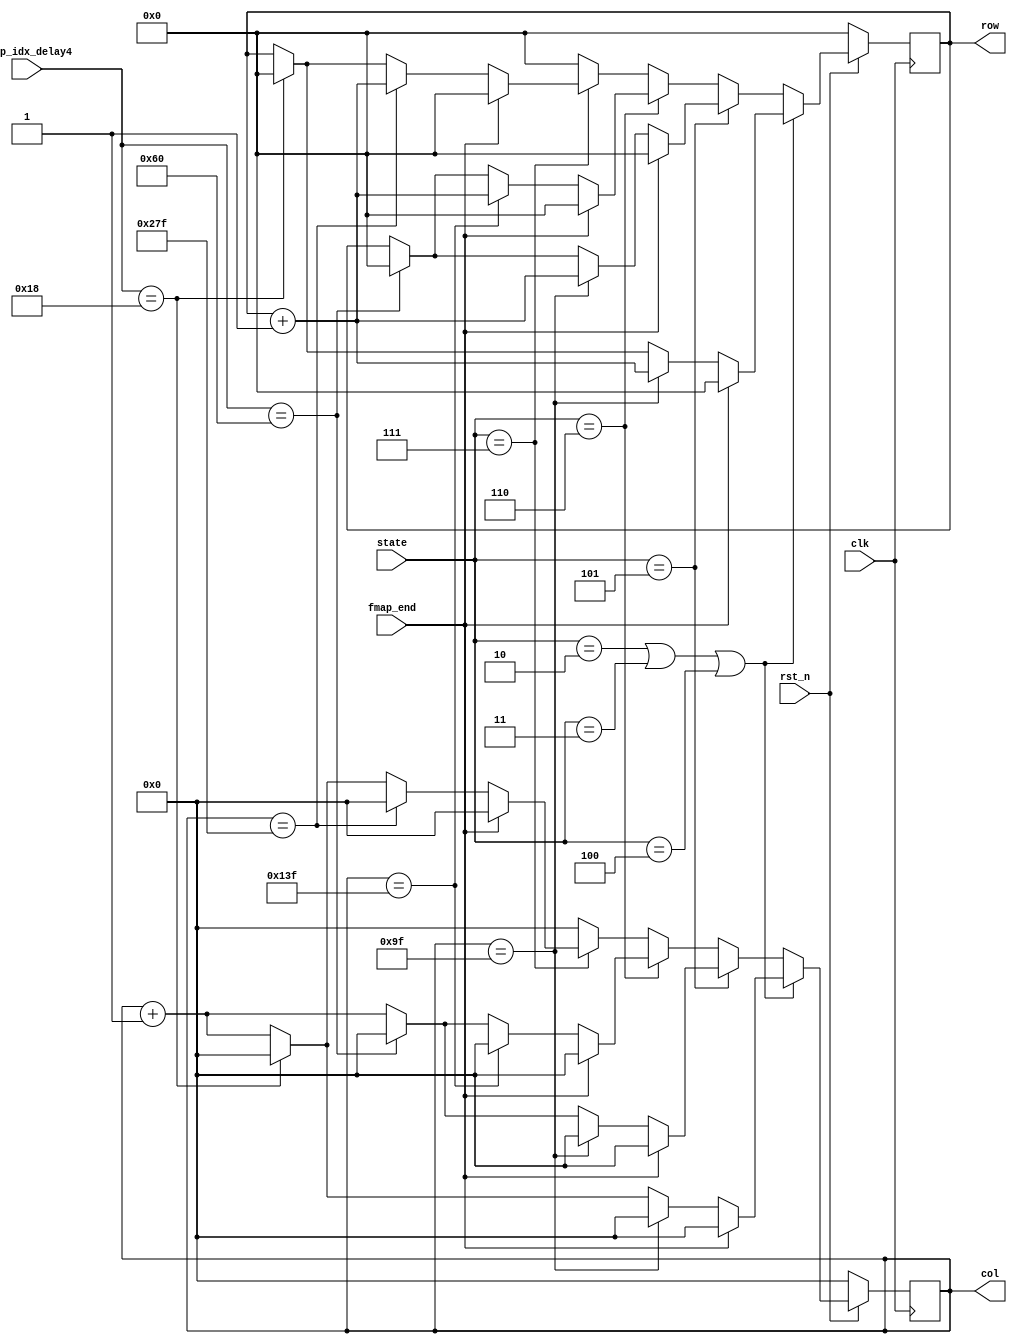
module row_col_ctl(
    input clk,
    input rst_n,
    input [3:0] state,
    input fmap_end,
    input [6:0] fmap_idx_delay4,
    output reg [8:0] row,  // total row: 720/2 = 360
    output reg [9:0] col   // total col: 1280/2 = 640
);

parameter IDLE = 0, PADDING = 1, CONV1 = 2, RES_1 = 3, RES_2 = 4, UP_1 = 5, UP_2 = 6, CONV2 = 7, FINISH = 8; // CONV1:(320*180, 3)->(320*180, 24) 
reg [8:0] n_row;
reg [9:0] n_col;

always @*  begin
  // col ctl
    if(state==CONV1 || state==RES_1 || state==RES_2)  begin
        if(fmap_end)
            n_col = 0;
        else if(col==159)
            n_col = 0;
        else if(fmap_idx_delay4==24)  //state transfer -> reset col to 0
            n_col = 0;
        else
            n_col = col + 1;
    end
    else if(state==UP_1)  begin
        if(fmap_end)
            n_col = 0;
        else if(col==159)
            n_col = 0;
        else if(fmap_idx_delay4==96)  //state transfer -> reset col to 0
            n_col = 0;
        else
            n_col = col + 1;
    end
    else if(state==UP_2)  begin
        if(fmap_end)
            n_col = 0;
        else if(col==319)
            n_col = 0;
        else if(fmap_idx_delay4==96)  //state transfer -> reset col to 0
            n_col = 0;
        else
            n_col = col + 1;
    end
    else if(state==CONV2)  begin
        if(fmap_end)
            n_col = 0;
        else if(col==639)
            n_col = 0;
        else if(fmap_idx_delay4==24)  //state transfer -> reset col to 0
            n_col = 0;
        else
            n_col = col + 1;
    end
    else  begin
        n_col = 0;
    end

  // row ctl
    if(state==CONV1 || state==RES_1 || state==RES_2)  begin
        if(fmap_end)
            n_row = 0;
        else if(col==159)
            n_row = row + 1;
        else if(fmap_idx_delay4==24)  //state transfer -> reset row to 0
            n_row = 0;
        else
            n_row = row;
    end
    else if(state==UP_1)  begin
        if(fmap_end)
            n_row = 0;
        else if(col==159)
            n_row = row + 1;
        else if(fmap_idx_delay4==96)  //state transfer -> reset row to 0
            n_row = 0;
        else
            n_row = row;
    end
    else if(state==UP_2)  begin
        if(fmap_end)
            n_row = 0;
        else if(col==319)
            n_row = row + 1;
        else if(fmap_idx_delay4==96)  //state transfer -> reset row to 0
            n_row = 0;
        else
            n_row = row;
    end
    else if(state==CONV2)  begin
        if(fmap_end)
            n_row = 0;
        else if(col==639)
            n_row = row + 1;
        else if(fmap_idx_delay4==24)  //state transfer -> reset row to 0
            n_row = 0;
        else
            n_row = row;
    end
    else  begin
        n_row = 0;
    end
end

always @(posedge clk)  begin
    if(~rst_n)  begin
        row <= 0;
        col <= 0;
    end
    else  begin
        row <= n_row;
        col <= n_col;
    end
end

endmodule